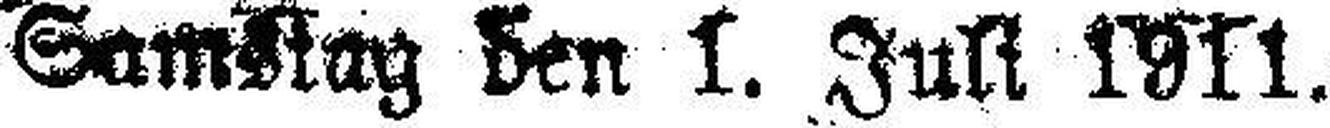
Samstag den 1. Juli 1911.